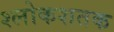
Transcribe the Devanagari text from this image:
श्लोकशतक